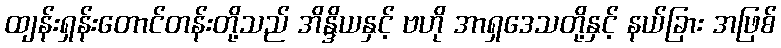
ထျန်းရှန်းတောင်တန်းတို့သည် အိန္ဒိယနှင့် ဗဟို အာရှဒေသတို့နှင့် နယ်ခြား အဖြစ်